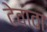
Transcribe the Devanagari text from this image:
टेवावा